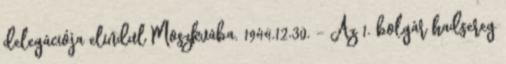
delegációja elindul Moszkvába. 1944.12.30. - Az 1. bolgár hadsereg